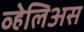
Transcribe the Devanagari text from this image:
व्हेलिअस